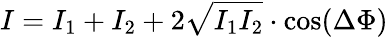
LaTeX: I=I_{1}+I_{2}+2\sqrt{I_{1}I_{2}}\cdot\cos(\Delta\Phi)